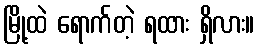
မြို့ထဲ ရောက်တဲ့ ရထား ရှိလား။